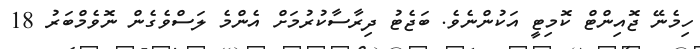
ހިމެނޭ ޖޮއިންޓް ކޮމިޓީ އަކުންނެވެ. ބަޖެޓު ދިރާސާކުރުމަށް އެންމެ ލަސްވެގެން ނޮވެމްބަރު 18